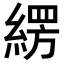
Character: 𮈫